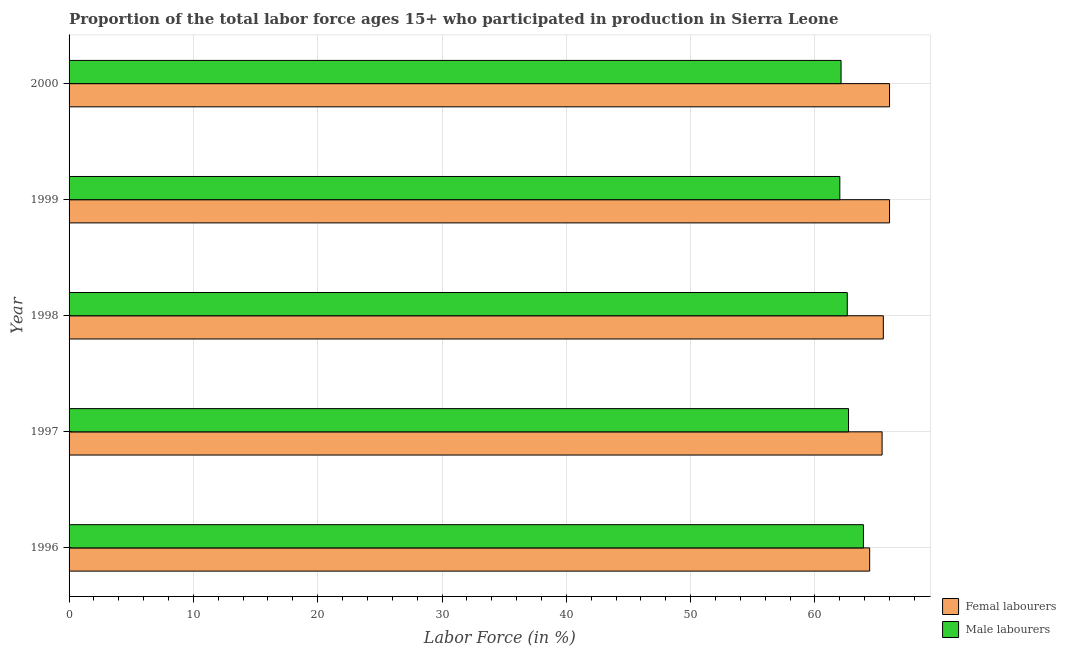
| Year | Femal labourers | Male labourers |
 | --- | --- | --- |
 | 1996 | 64.4 | 63.9 |
 | 1997 | 65.4 | 62.7 |
 | 1998 | 65.5 | 62.6 |
 | 1999 | 66 | 62 |
 | 2000 | 66 | 62.1 |